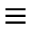
\equiv